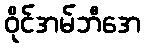
ဝိုင်အမ်ဘီအေ